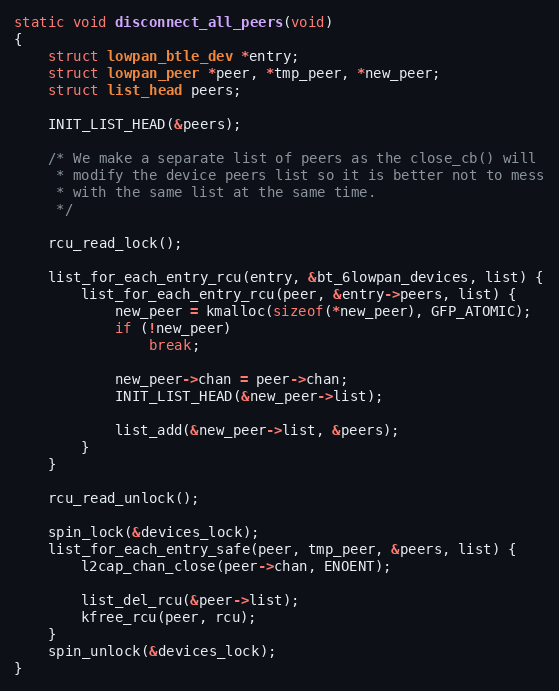
Language: C
static void disconnect_all_peers(void)
{
	struct lowpan_btle_dev *entry;
	struct lowpan_peer *peer, *tmp_peer, *new_peer;
	struct list_head peers;

	INIT_LIST_HEAD(&peers);

	/* We make a separate list of peers as the close_cb() will
	 * modify the device peers list so it is better not to mess
	 * with the same list at the same time.
	 */

	rcu_read_lock();

	list_for_each_entry_rcu(entry, &bt_6lowpan_devices, list) {
		list_for_each_entry_rcu(peer, &entry->peers, list) {
			new_peer = kmalloc(sizeof(*new_peer), GFP_ATOMIC);
			if (!new_peer)
				break;

			new_peer->chan = peer->chan;
			INIT_LIST_HEAD(&new_peer->list);

			list_add(&new_peer->list, &peers);
		}
	}

	rcu_read_unlock();

	spin_lock(&devices_lock);
	list_for_each_entry_safe(peer, tmp_peer, &peers, list) {
		l2cap_chan_close(peer->chan, ENOENT);

		list_del_rcu(&peer->list);
		kfree_rcu(peer, rcu);
	}
	spin_unlock(&devices_lock);
}